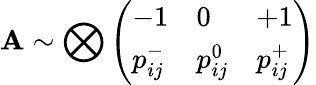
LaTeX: \mathbf{A}\sim\bigotimes\left(\begin{array}{lll}{-1}&{0}&{+1}\\ {p_{ij}^{-}}&{p_{ij}^{0}}&{p_{ij}^{+}}\end{array}\right)